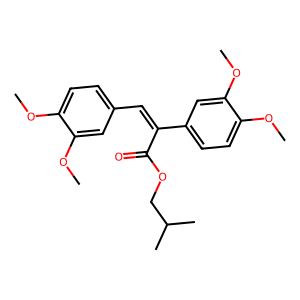
SMILES: COc1ccc(C=C(C(=O)OCC(C)C)c2ccc(OC)c(OC)c2)cc1OC
Inhibits HIV replication: No